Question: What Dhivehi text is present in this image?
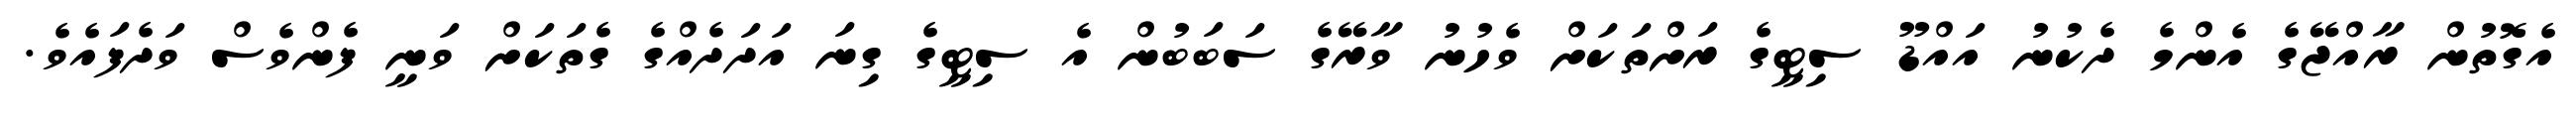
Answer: އެގޮތުން ރާއްޖޭގެ އެންމެ ދެކުނު އައްޑޫ ސިޓީގެ ރަށްތަކަށް ވެހުނު ވާރޭގެ ސަބަބުން އެ ސިޓީގެ ގިނަ އަދަދެއްގެ ގެތަކަށް ވަނީ ފެންވެސް ވަދެފައެވެ.